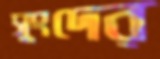
সুংদের